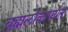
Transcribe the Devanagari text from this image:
ब्रह्मलोकापर्यंत